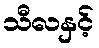
သီလနှင့်